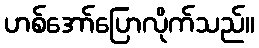
ဟစ်အော်ပြောလိုက်သည်။